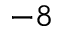
^ { - 8 }